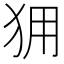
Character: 𰡆